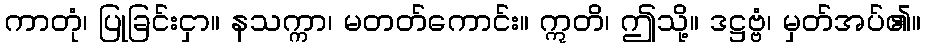
ကာတုံ၊ ပြုခြင်းငှာ။ နသက္ကာ၊ မတတ်ကောင်း။ ဣတိ၊ ဤသို့။ ဒဋ္ဌဗ္ဗံ၊ မှတ်အပ်၏။